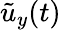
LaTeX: \tilde{u}_{y}(t)